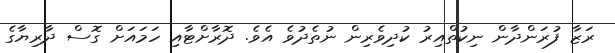
ރަޒާ ފުރަންދާން ނިކުތްއިރު ކުދިވެރިން ނުތެދުވެ އެވެ. ދޮރާށްޓާއި ހަމައަށް ގޮސް ދާރިޔާގެ